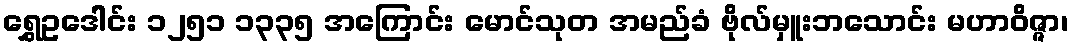
ရွှေဥဒေါင်း ၁၂၅၁ ၁၃၃၅ အကြောင်း မောင်သုတ အမည်ခံ ဗိုလ်မှူးဘသောင်း မဟာဝိဇ္ဇာ၊